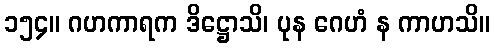
၁၅၄။ ဂဟကာရက ဒိဋ္ဌောသိ၊ ပုန ဂေဟံ န ကာဟသိ။